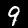
Digit: 9